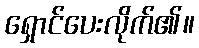
ရှောင်ပေးလိုက်၏။